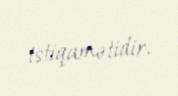
istiqamətidir.